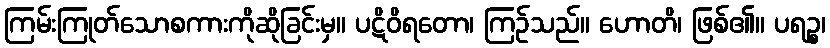
ကြမ်းကြုတ်သောစကားကိုဆိုခြင်းမှ။ ပဋိဝိရတော၊ ကြဉ်သည်။ ဟောတိ၊ ဖြစ်၏။ ပရဉ္စ၊